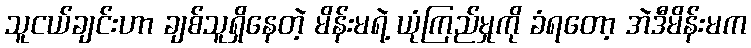
သူငယ်ချင်းဟာ ချစ်သူရှိနေတဲ့ မိန်းမရဲ့ ယုံကြည်မှုကို ခံရတော့ အဲဒီမိန်းမက